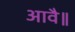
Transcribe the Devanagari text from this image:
आवै॥